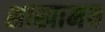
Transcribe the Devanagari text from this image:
शाखामय